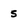
Character: 5